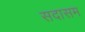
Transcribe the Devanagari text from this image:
सदासम